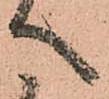
へ